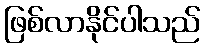
ဖြစ်လာနိုင်ပါသည်